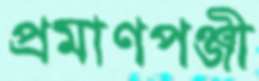
প্রমাণপঞ্জী